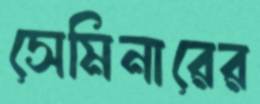
সেমিনারের